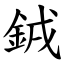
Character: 銊